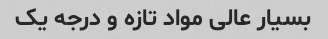
بسیار عالی مواد تازه و درجه یک